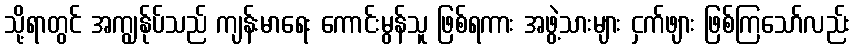
သို့ရာတွင် အကျွန်ုပ်သည် ကျန်းမာရေး ကောင်းမွန်သူ ဖြစ်ရကား အဖွဲ့သားများ ငှက်ဖျား ဖြစ်ကြသော်လည်း